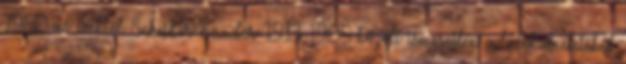
1980-as évektől Scheiber Sándor 1913–1985 közölt ismeretlen adatokat életéből